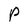
Character: P